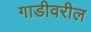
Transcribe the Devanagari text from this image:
गाडीवरील